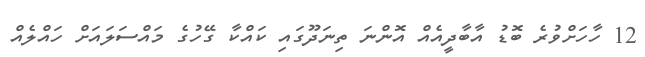
12 ހާހަށްވުރެ ބޮޑު އާބާދީއެއް އޮންނަ ތިނަދޫގައި ކައްކާ ގޭހުގެ މައްސަލައަށް ހައްލެއް